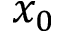
x _ { 0 }